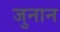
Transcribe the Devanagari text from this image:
जुनान